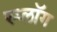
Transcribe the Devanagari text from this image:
स्प्लॉग